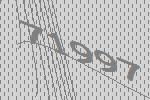
71997